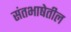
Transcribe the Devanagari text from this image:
संतभाषेतील